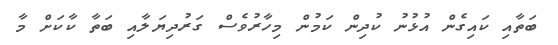
ބަތާއި ކައިގެން އުޅުނު ކުދިން ކަމުން މިހާރުވެސް ގަރުދިޔަލާއި ބަތާ ކާކަށް މާ